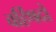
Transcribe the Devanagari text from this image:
वर्हिषदो